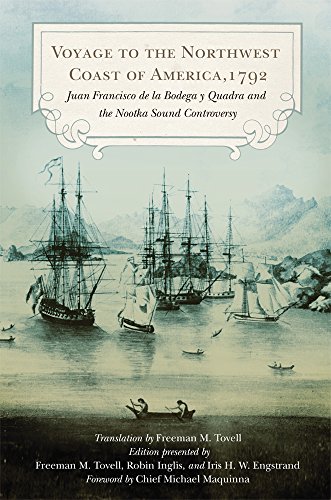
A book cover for Voyage to the Northwest Coast of America, 1792: Juan Francisco de la Bodega y Quadra and the Nootka Sound Controversy (Northwest Historical Series); Juan Francisco de la Bodega y Quadra; Literature & Fiction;